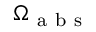
\Omega _ { \mathrm { ~ a ~ b ~ s ~ } }